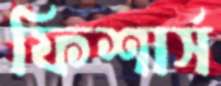
ফিশার্স